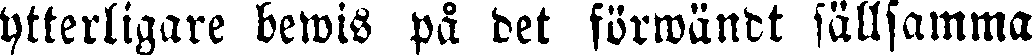
ytterligare bewis på det förwändt sällsamma